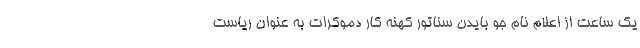
یک ساعت از اعلام نام جو بایدن سناتور کهنه کار دموکرات به عنوان ریاست